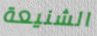
الشنيعة